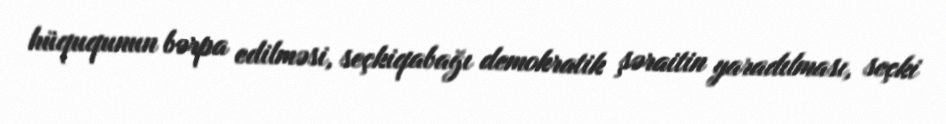
hüququnun bərpa edilməsi, seçkiqabağı demokratik şəraitin yaradılması, seçki